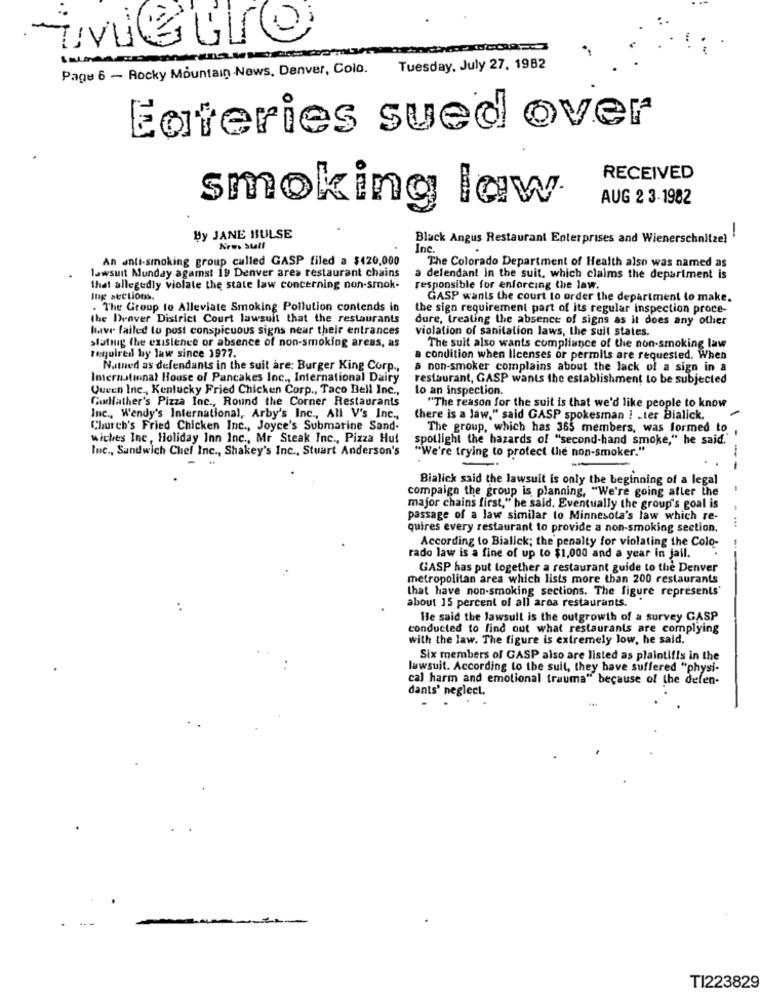
-
Page 6 - Rocky Mountain -News, Denver, Colo.
Tuesday, July 27, 1982
Eateries sued over
RECEIVED
AUG 2 3-1982
smoking law
-
By JANE BULSE
Black Angus Restaurant Enterprises and Wienerschnitzel
News Stall
Inc.
An anti-smoking group called GASP filed a $420,000
The Colorado Department of Health also was named as
lawsuit Munday against 19 Denver ares restaurant chains
a defendant in the suit, which claims the department is
that allegedly violate the state law concerning non-smok-
responsible for enforcing the law.
Ing sections.
GASP wants the court to order the department to make.
. The Group to Alleviate Smoking Pollution contends in
the sign requirement part of its regular inspection proce-
the Denver District Court lawsuit that the restaurants
dure, treating the absence of signs as it does any other
have failed to post conspicuous signs neur their entrances
violation of sanitation laws, the sull states.
slating the existence or absence of non-smoking areas, as
The suit also wants compliance of the non-smoking law
Required by law since 1977.
condition when Ilcenses or permits are requested. When
Natued as defendants in the suit are: Burger King Corp .,
a non-smoker complains about the lack of a sign in a
Imernational House of Pancakes Inc ., International Dairy
restaurant, GASP wants the establishment to be subjected
Queen Inc ., Kentucky Fried Chicken Corp ., Taco Bell Inc .,
to an inspection.
Gudfather's Pizza Inc ., Round the Corner Restaurants
"The reason for the suit is that we'd like people to know
Inc ., Wendy's International, Arby's Inc ., All V's Inc .,
there is a law," said GASP spokesman ! . ter Bialick.
Church's Fried Chicken Inc ., Joyce's Submarine Sand-
The group, which has 365 members, was formed to
wiches Inc, Holiday Inn Inc ., Mr Steak Inc ., Pizza Hut
spotlight the hazards of "second-hand smoke," he said."
Inc ., Sandwich Chief Inc ., Shakey's Inc ., Stuart Anderson's
"We're trying to protect the non-smoker."
-
--
Bialick said the lawsuit is only the beginning of a legal
compaign the group is planning, "We're going afler the
major chains first," he said. Eventually the group's goal is
passage of a law similar to Minnesota's law which re-
quires every restaurant to provide a non-smoking section.
-...
According to Bialick; the penalty for violating the Colo-
rado law is a fine of up to $1,000 and a year in jail.
GASP has put together a restaurant guide to the Denver
metropolitan area which lists more than 200 restaurants
that have non-smoking sections. The figure represents'
about 15 percent of all area restaurants.
..
He said the lawsuit is the outgrowth of a survey GASP
conducted to find out what restaurants are complying
with the law. The figure is extremely low, he said.
Six members of GASP also are listed as plaintifis in the
lawsuit. According to the suit, they have suffered "physi-
cal harm and emotional trauma" because of the defen-
dants' neglect.
---
TI223829